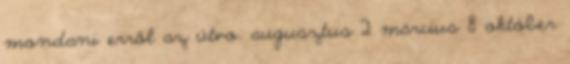
mondani erről az útvo. augusztus 2 március 8 október